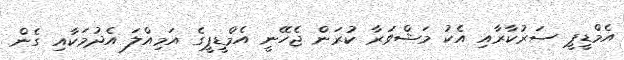
އެމްޑީޕީ ސަރުކާރާއި އެކު މަޝްވަރާ ކުރަން ޖެހޭނީ އެމްޑީޕީގެ އަމިއްލަ އެދުމަކާއި ގެން